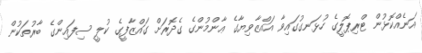
އަނެއްކޮޅުން ޓްރިޕޮލީގެ ހުޅަނގުގައިވާ އައްޒާވިޔާގެ ޢާންމުންގެ ގެދޮރަށް ގައްޒާފީގެ ކުލީ ސިފައިންގެ ބާރުތަކުން